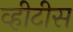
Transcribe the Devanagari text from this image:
व्हीटीस